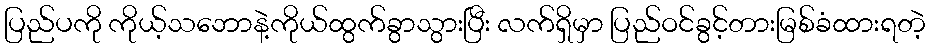
ပြည်ပကို ကိုယ့်သဘောနဲ့ကိုယ်ထွက်ခွာသွားပြီး လက်ရှိမှာ ပြည်ဝင်ခွင့်တားမြစ်ခံထားရတဲ့